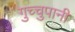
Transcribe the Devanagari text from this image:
गुच्चुपानी